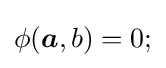
\phi ({\boldsymbol {a}},b)=0;